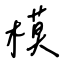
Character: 模